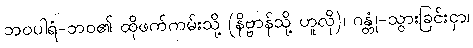
ဘဝပါရံ-ဘဝ၏ ထိုဖက်ကမ်းသို့ (နိဗ္ဗာန်သို့ ဟူလို)၊ ဂန္တုံ-သွားခြင်းငှာ၊